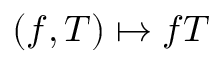
( f , T ) \mapsto f T